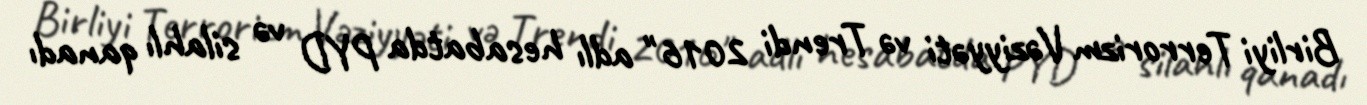
Birliyi Terrorizm Vəziyyəti və Trendi 2016" adlı hesabatda PYD və silahlı qanadı